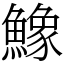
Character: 鱌